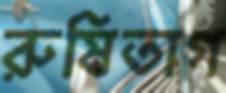
রুষিতাগ